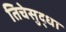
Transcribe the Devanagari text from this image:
तिचेसुद्धा